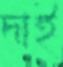
দাই